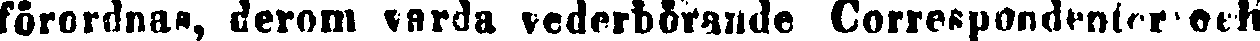
forordnas, derom varda vederbörande Correspondenter och